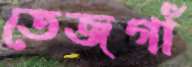
তেজগাঁ